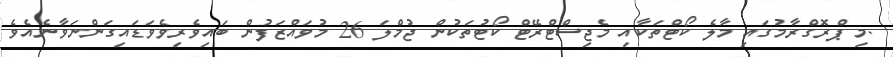
.މި ޕްރޮގްރާމުގައި މާލެ ކޯޓްތަކާއި މެޖިސްޓްރޭޓް ކޯޓުތަކުން ޖުމްލަ 26 މުވައްޒަފުން ބައިވެރިވެވަޑައިގަންނަވާނެއެވެ